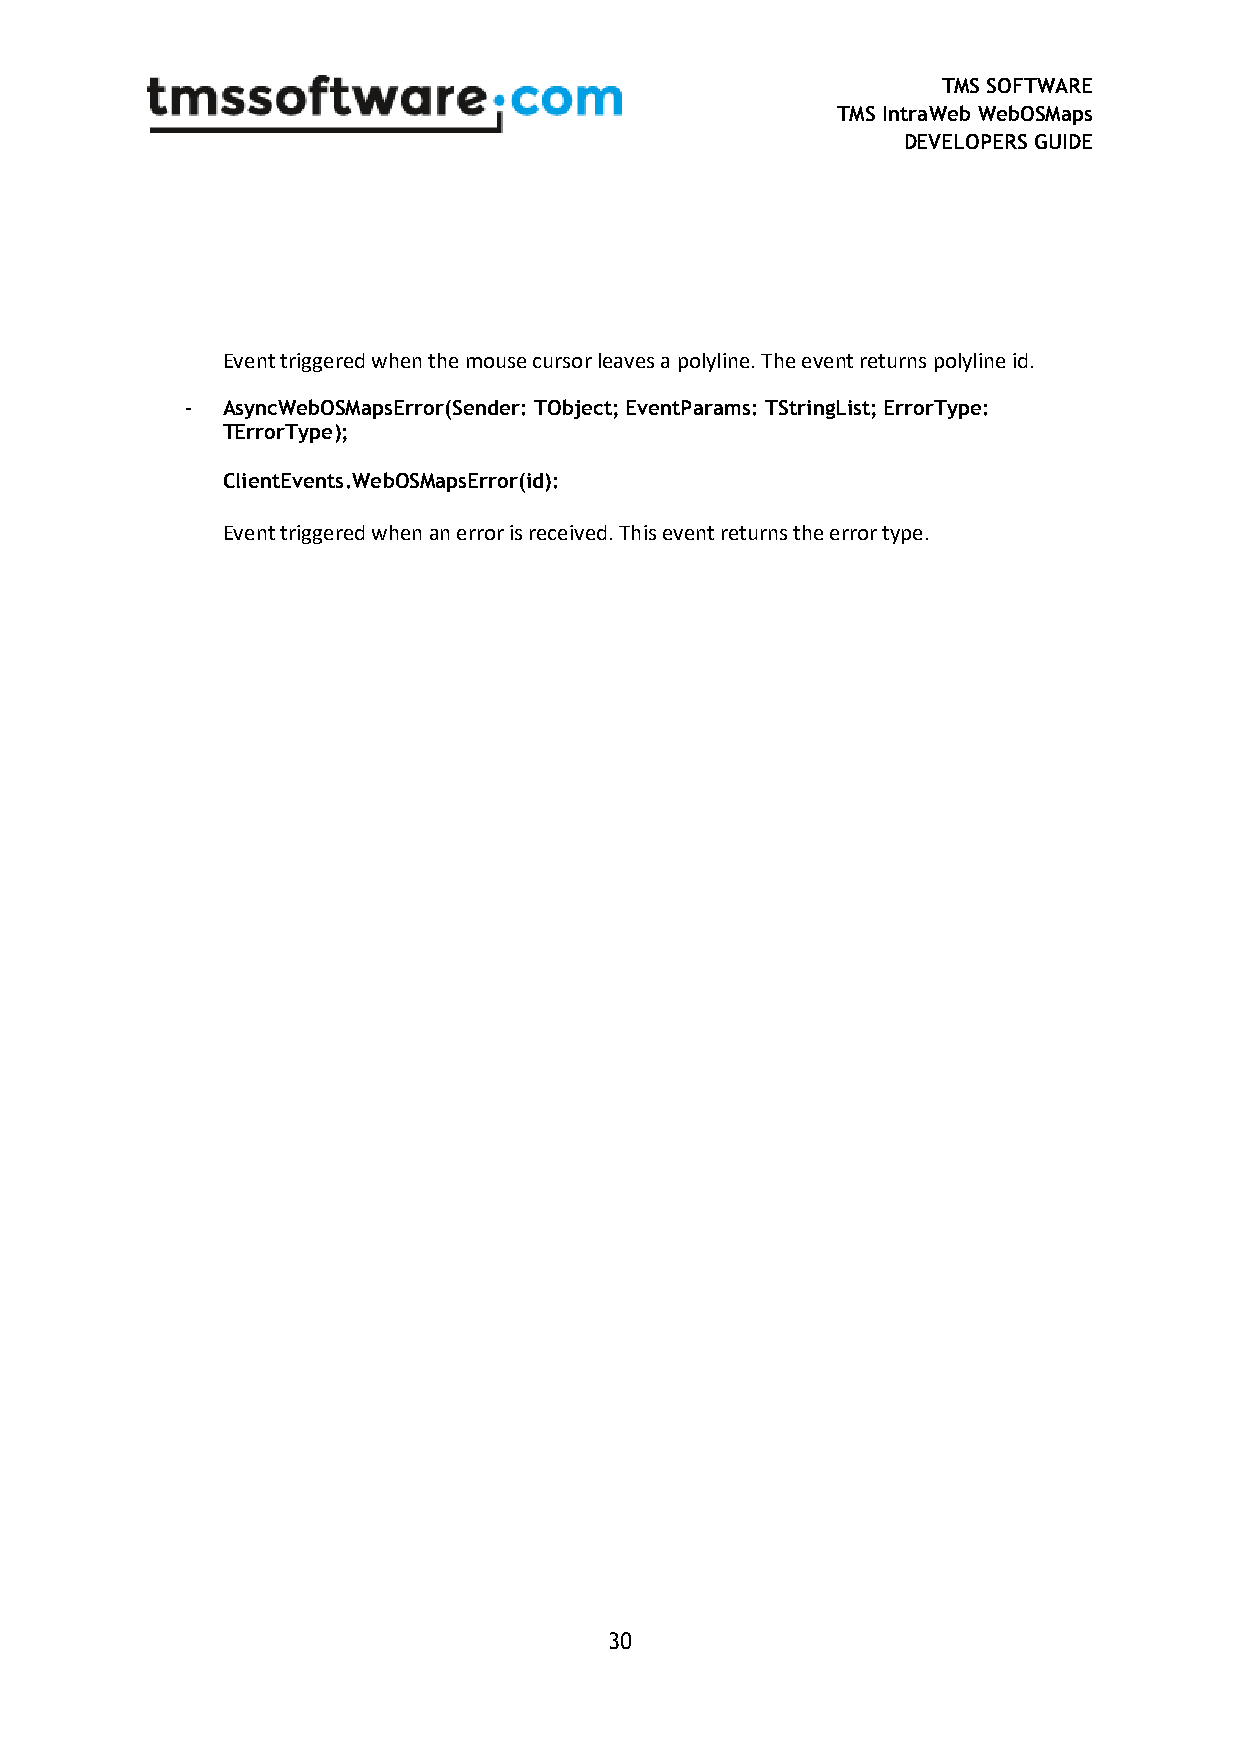
TMS SOFTWARE
 TMS IntraWeb WebOSMaps
 DEVELOPERS GUIDE
 Event triggered when the mouse cursor leaves a polyline. The event returns polyline id.
 -  AsyncWebOSMapsError(Sender: TObject; EventParams: TStringList; ErrorType:
 TErrorType);
 ClientEvents.WebOSMapsError(id):
 Event triggered when an error is received. This event returns the error type.
 30